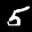
Label: 5